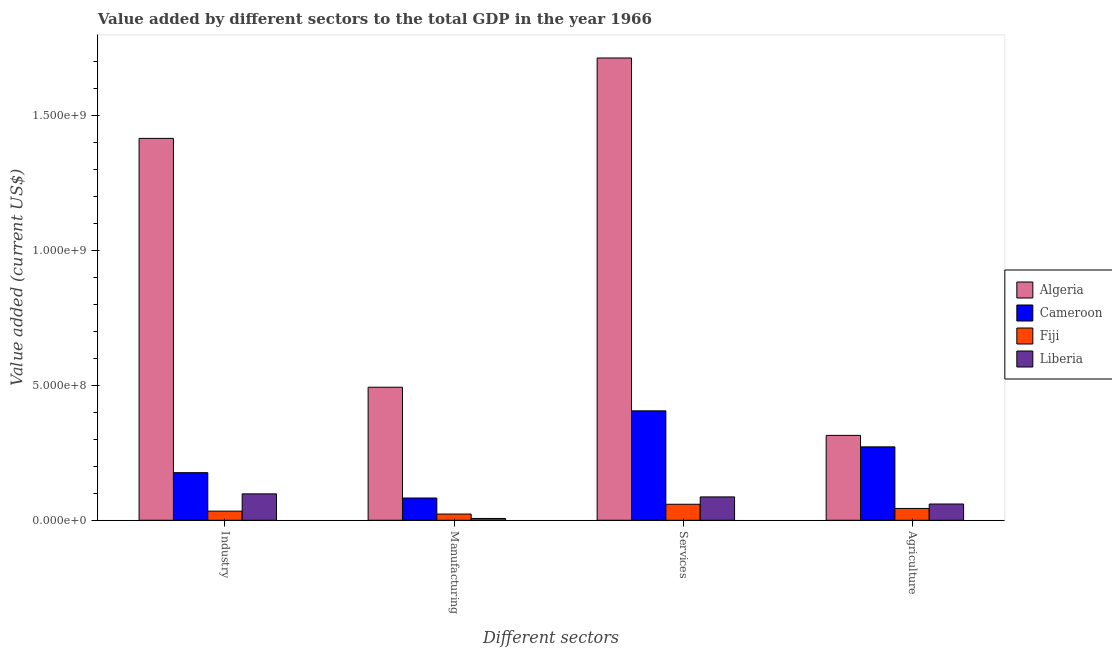
| Different sectors | Algeria | Cameroon | Fiji | Liberia |
 | --- | --- | --- | --- | --- |
 | Industry | 1.41e+09 | 1.76e+08 | 3.38e+07 | 9.78e+07 |
 | Manufacturing | 4.93e+08 | 8.24e+07 | 2.3e+07 | 6.66e+06 |
 | Services | 1.71e+09 | 4.05e+08 | 5.93e+07 | 8.65e+07 |
 | Agriculture | 3.14e+08 | 2.72e+08 | 4.38e+07 | 6.02e+07 |